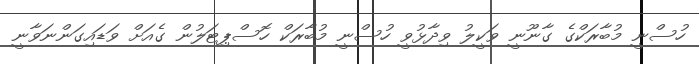
ހުސްނީ މުބާރަކްގެ ގާނޫނީ ވަކީލު ވިދާޅުވީ ހުސްނީ މުބާރަކް ހޮސްޕިޓަލުން ގެއަށް ވަޑައިގަންނަވާނީ